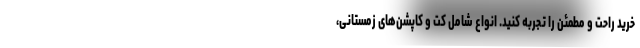
خرید راحت و مطمئن را تجربه کنید. انواع شامل کت و کاپشن‌های زمستانی،‌